Insane asylums in Bengal annual reports 1867-1875 - 1867-1875
Year: 1867
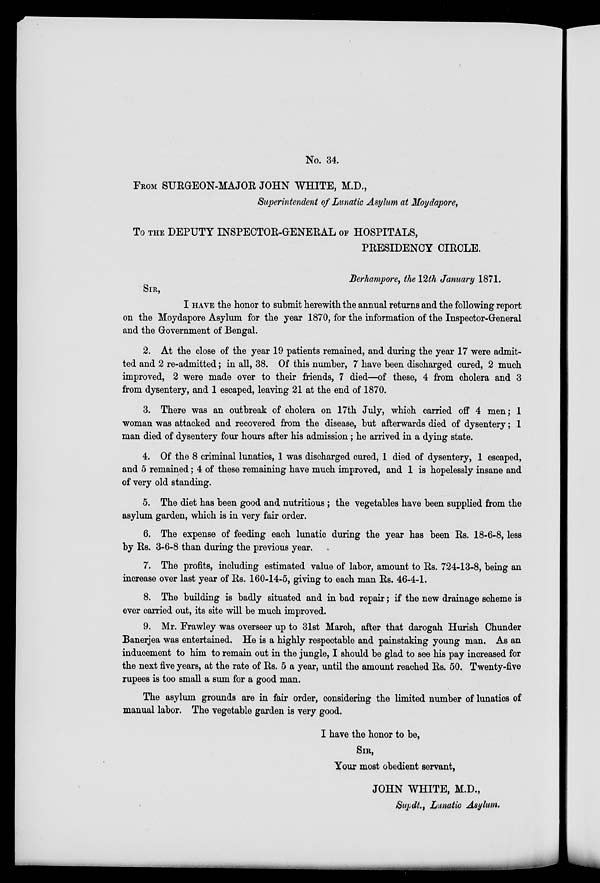
No. 34.
FROM SURGEON-MAJOR JOHN WHITE, M.D.,
Superintendent of Lunatic Asylum at Moydapore,
To THE DEPUTY INSPECTOR-GENERAL OF HOSPITALS,
PRESIDENCY CIRCLE.
Berhampore, the 12th January 1871.
SIR,
I HAVE the honor to submit herewith the annual returns and the following report
on the Moydapore Asylum for the year 1870, for the Information of the Inspector-General
and the Government of Bengal.
2. At the close of the year 19 patients remained, and during the year 17 were admit-
ted and 2 re-admitted; in all, 38. Of this number, 7 have been discharged cured, 2 much
improved, 2 were made over to their friends, 7 died—of these, 4 from cholera and 3
from dysentery, and 1 escaped, leaving 21 at the end of 1870.
3. There was an outbreak of cholera on 17th July, which carried off 4 men; 1
woman was attacked and recovered from the disease, but afterwards died of dysentery; 1
man died of dysentery four hours after his admission ; he arrived in a dying state.
4. Of the 8 criminal lunatics, 1 was discharged cured, 1 died of dysentery, 1 escaped,
and 5 remained; 4 of these remaining have much improved, and 1 is hopelessly insane and
of very old standing.
5. The diet has been good and nutritious ; the vegetables have been supplied from the
asylum garden, which is in very fair order.
6. The expense of feeding each lunatic during the year has been Rs. 18-6-8, less
by Rs. 3-6-8 than during the previous year.
7. The profits, including estimated value of labor, amount to Rs. 724-13-8, being an
increase over last year of Rs. 160-14-5, giving to each man Rs. 46-4-1.
8. The building is badly situated and in bad repair; if the new drainage scheme is
ever carried out, its site will be much improved.
9. Mr. Frawley was overseer up to 31st March, after that darogah Hurish Chunder
Banerjea was entertained. He is a highly respectable and painstaking young man. As an
inducement to him to remain out in the jungle, I should be glad to see his pay increased for
the next five years, at the rate of Rs. 5 a year, until the amount reached Rs. 50. Twenty-five
rupees is too small a sum for a good man.
The asylum grounds are in fair order, considering the limited number of lunatics of
manual labor. The vegetable garden is very good.
I have the honor to be,
SIR,
Your most obedient servant,
JOHN WHITE, M.D.,
Supdt., Lunatic Asylum.